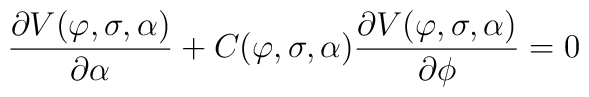
\frac{\partial V(\varphi,\sigma,\alpha)}{\partial \alpha} + C(\varphi,\sigma,\alpha)\frac{\partial V(\varphi,\sigma,\alpha)}{\partial \phi}=0